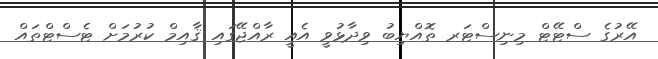
އޭރުގެ ސްޓޭޓް މިނިސްޓަރ ތޮއްޔިބު ވިދާޅުވީ އެއީ ރާއްޖޭގައި ޤާއިމް ކުރުމަށް ޓެސްޓްތައް